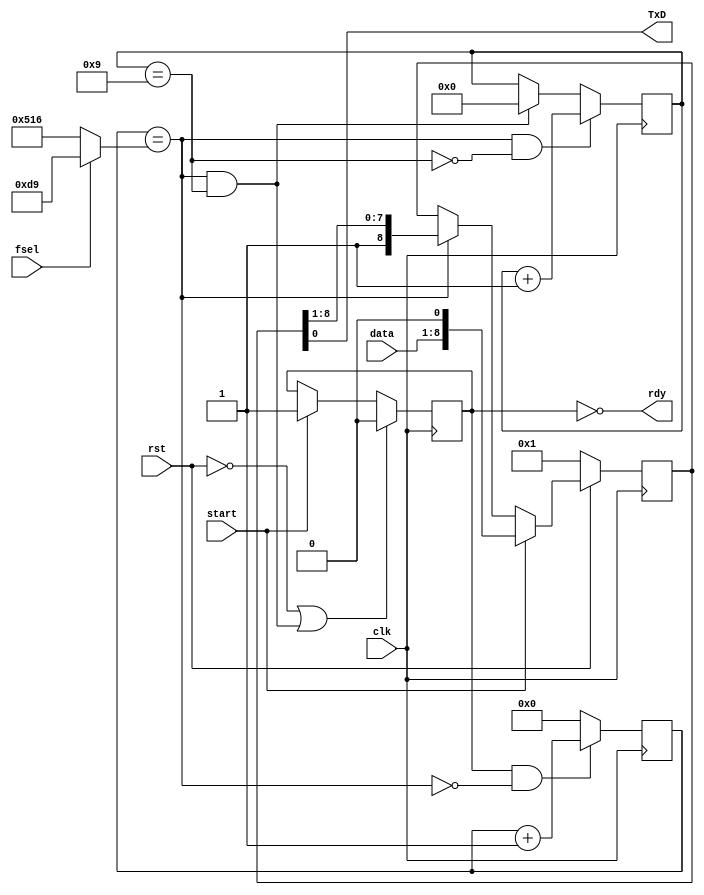
module RS232T(
    input clk, rst,
    input start, // request to accept and send a byte
    input fsel,  // frequency selection
    input [7:0] data,
    output rdy,
    output TxD);

wire endtick, endbit;
wire [11:0] limit;
reg run;
reg [11:0] tick;
reg [3:0] bitcnt;
reg [8:0] shreg;

assign limit = fsel ? 217 : 1302;
assign endtick = tick == limit;
assign endbit = bitcnt == 9;
assign rdy = ~run;
assign TxD = shreg[0];

always @ (posedge clk) begin
  run <= (~rst | endtick & endbit) ? 0 : start ? 1 : run;
  tick <= (run & ~endtick) ? tick + 1 : 0;
  bitcnt <= (endtick & ~endbit) ? bitcnt + 1 :
    (endtick & endbit) ? 0 : bitcnt;
  shreg <= (~rst) ? 1 : start ? {data, 1'b0} :
    endtick ? {1'b1, shreg[8:1]} : shreg;
end
endmodule